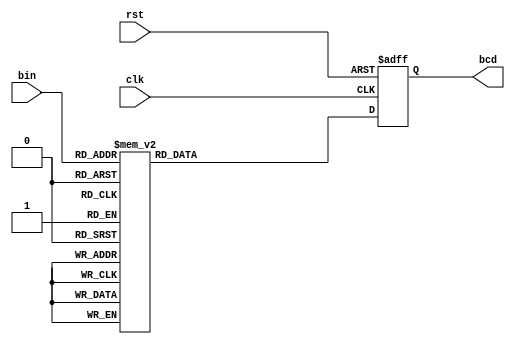

module bin2bcd(clk,rst, bin, bcd);

input clk, rst;
input [5:0] bin;
output reg [7:0] bcd;

always  @(negedge  rst or posedge clk) begin
    if(!rst) begin
        bcd <= {4'd0, 4'd0};
    end
    else begin
    case (bin)
        0 : bcd <= {4'd0, 4'd0};
        1 : bcd <= {4'd0, 4'd1};
        2 : bcd <= {4'd0, 4'd2};
        3 : bcd <= {4'd0, 4'd3};
        4 : bcd <= {4'd0, 4'd4};
        5 : bcd <= {4'd0, 4'd5};
        6 : bcd <= {4'd0, 4'd6};
        7 : bcd <= {4'd0, 4'd7};
        8 : bcd <= {4'd0, 4'd8};
        9 : bcd <= {4'd0, 4'd9};
        10 : bcd <= {4'd1, 4'd0};
        11 : bcd <= {4'd1, 4'd1};
        12 : bcd <= {4'd1, 4'd2};
        13 : bcd <= {4'd1, 4'd3};
        14 : bcd <= {4'd1, 4'd4};
        15 : bcd <= {4'd1, 4'd5};
        16 : bcd <= {4'd1, 4'd6};
        17 : bcd <= {4'd1, 4'd7};
        18 : bcd <= {4'd1, 4'd8};
        19 : bcd <= {4'd1, 4'd9};
        20 : bcd <= {4'd2, 4'd0};
        21 : bcd <= {4'd2, 4'd1};
        22 : bcd <= {4'd2, 4'd2};
        23 : bcd <= {4'd2, 4'd3};
        24 : bcd <= {4'd2, 4'd4};
        25 : bcd <= {4'd2, 4'd5};
        26 : bcd <= {4'd2, 4'd6};
        27 : bcd <= {4'd2, 4'd7};
        28 : bcd <= {4'd2, 4'd8};
        29 : bcd <= {4'd2, 4'd9};
        30 : bcd <= {4'd3, 4'd0};
        31 : bcd <= {4'd3, 4'd1};
        32 : bcd <= {4'd3, 4'd2};
        33 : bcd <= {4'd3, 4'd3};
        34 : bcd <= {4'd3, 4'd4};
        35 : bcd <= {4'd3, 4'd5};
        36 : bcd <= {4'd3, 4'd6};
        37 : bcd <= {4'd3, 4'd7};
        38 : bcd <= {4'd3, 4'd8};
        39 : bcd <= {4'd3, 4'd9};
        40 : bcd <= {4'd4, 4'd0};
        41 : bcd <= {4'd4, 4'd1};
        42 : bcd <= {4'd4, 4'd2};
        43 : bcd <= {4'd4, 4'd3};
        44 : bcd <= {4'd4, 4'd4};
        45 : bcd <= {4'd4, 4'd5};
        46 : bcd <= {4'd4, 4'd6};
        47 : bcd <= {4'd4, 4'd7};
        48 : bcd <= {4'd4, 4'd8};
        49 : bcd <= {4'd4, 4'd9};
        50 : bcd <= {4'd5, 4'd0};
        51 : bcd <= {4'd5, 4'd1};
        52 : bcd <= {4'd5, 4'd2};
        53 : bcd <= {4'd5, 4'd3};
        54 : bcd <= {4'd5, 4'd4};
        55 : bcd <= {4'd5, 4'd5};
        56 : bcd <= {4'd5, 4'd6};
        57 : bcd <= {4'd5, 4'd7};
        58 : bcd <= {4'd5, 4'd8};
        59 : bcd <= {4'd5, 4'd9};
        60 : bcd <= {4'd6, 4'd0};
        default : bcd <= {4'd0, 4'd0};
    endcase
  end      
end      
endmodule